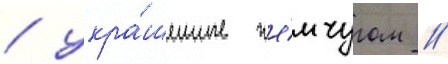
/ укра́шенные же́мчугом //